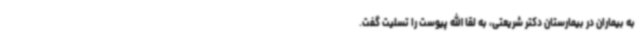
به بیماران در بیمارستان دکتر شریعتی، به لقا الله پیوست را تسلیت گفت.